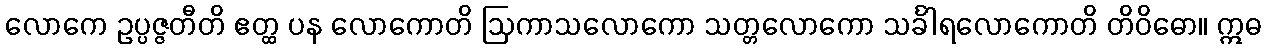
လောကေ ဥပ္ပဇ္ဇတီတိ ဧတ္ထ ပန လောကောတိ ဩကာသလောကော သတ္တလောကော သင်္ခါရလောကောတိ တိဝိဓော။ ဣဓ